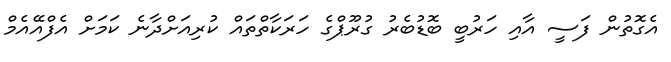
އެގޮތުން ފަސީ އާއި ހަރުބީ ބޮޑުބެރު ގުރޫޕްގެ ހަރަކާތްތައް ކުރިއަށްދާނެ ކަމަށް އެފްއޭއެމް